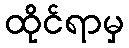
ထိုင်ရာမှ